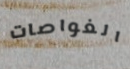
الغواصات